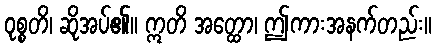
ဝုစ္စတိ၊ ဆိုအပ်၏။ ဣတိ အတ္ထော၊ ဤကားအနက်တည်း။